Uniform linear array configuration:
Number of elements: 12
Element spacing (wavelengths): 0.5
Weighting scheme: uniform
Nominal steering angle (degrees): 0
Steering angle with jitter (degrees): -1.873
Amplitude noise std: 0.05
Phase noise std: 0.05

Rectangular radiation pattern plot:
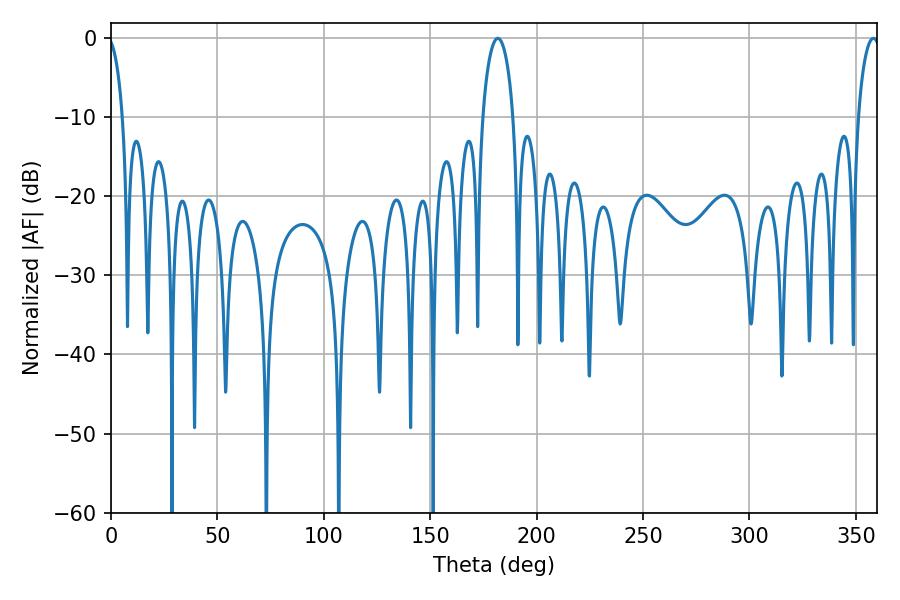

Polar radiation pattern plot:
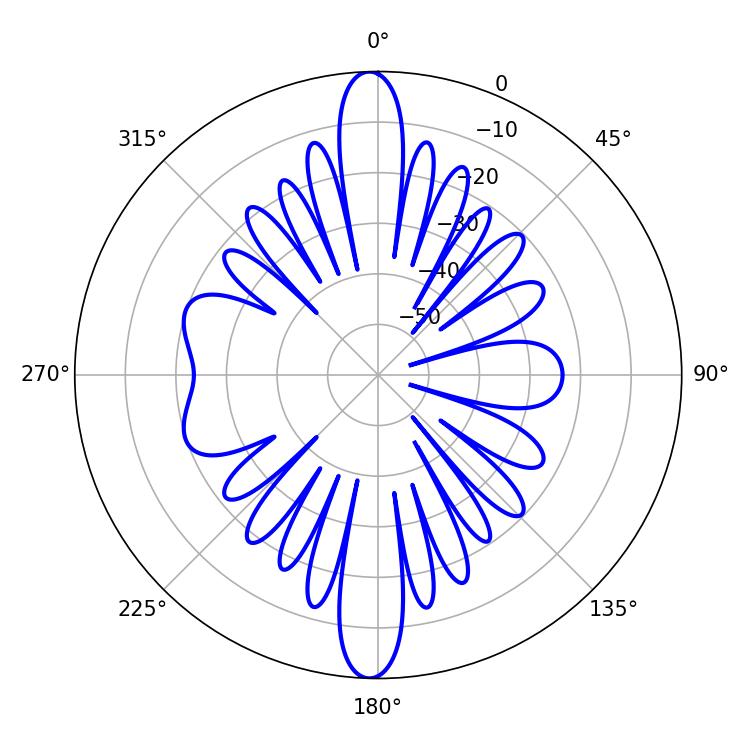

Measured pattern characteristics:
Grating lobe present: FALSE
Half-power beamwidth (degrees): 8.28
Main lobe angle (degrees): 181.8